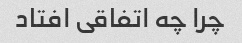
چرا چه اتفاقی افتاد